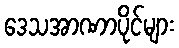
ဒေသအာဏာပိုင်များ